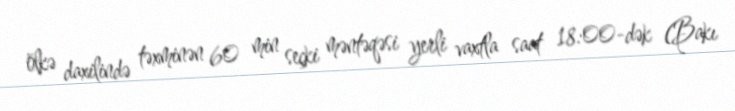
ölkə daxilində təxminən 60 min seçki məntəqəsi yerli vaxtla saat 18:00-dək (Bakı